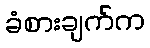
ခံစားချက်က